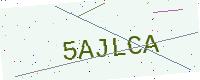
Text: 5AJLCA